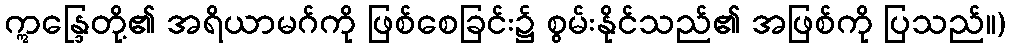
ဣန္ဒြေတို့၏ အရိယာမဂ်ကို ဖြစ်စေခြင်း၌ စွမ်းနိုင်သည်၏ အဖြစ်ကို ပြသည်။)